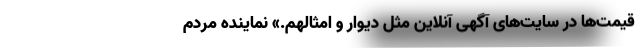
قیمت‌ها در سایت‌های آگهی آنلاین مثل دیوار و امثالهم.» نماینده مردم